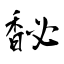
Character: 馝